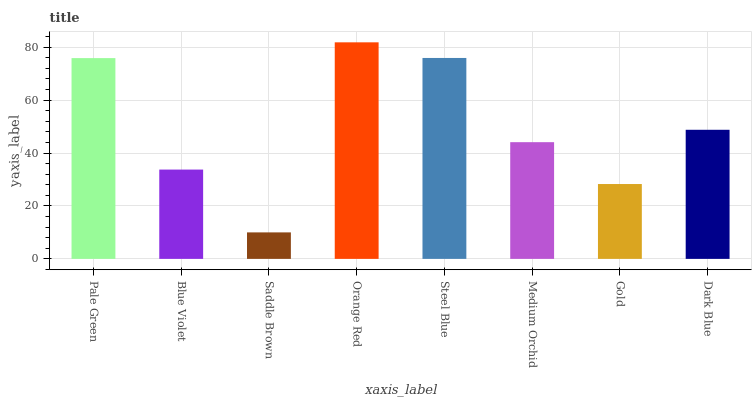
| xaxis_label | bars |
 | --- | --- |
 | Pale Green | 75.9 |
 | Blue Violet | 33.8 |
 | Saddle Brown | 10 |
 | Orange Red | 81.8 |
 | Steel Blue | 75.9 |
 | Medium Orchid | 44.1 |
 | Gold | 28.3 |
 | Dark Blue | 48.8 |